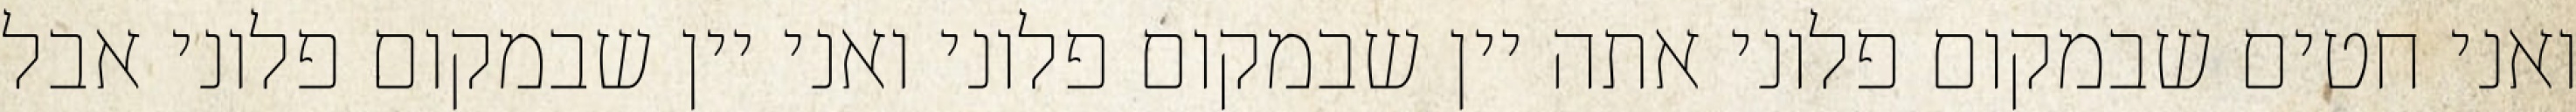
ואני חטים שבמקום פלוני אתה יין שבמקום פלוני ואני יין שבמקום פלוני אבל